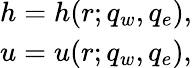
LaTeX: \begin{array}{l}{h=h(r;q_{w},q_{e}),}\\ {u=u(r;q_{w},q_{e}),}\end{array}